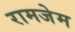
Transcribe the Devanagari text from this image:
रामजेम